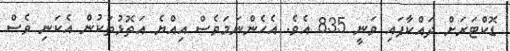
ޑޮކްޓަރަށް ދައްކާފައި ވަނީ 835 އެވެ. އެހެންނަމަވެސް އިއްޔެ އަތޮޅުތަކުން އެކަނި ވެސް